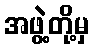
အဖွဲ့တို့မှ